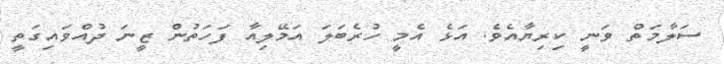
ސަލާމަތް ވަނީ ކިރިޔާއެވެ. އަޅެ އެމީ ހުރެބަލަ އަމޭލިއާ ފަހަތުން ޒީނަ ދުއްވައިގަތީ